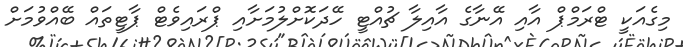
މިގެއަކީ ޓްރަމްޕް އާއި އޭނާގެ އާއިލާ ޗުއްޓީ ހޭދަކޮށްލުމަށާއި ޕްރައިވެޓް ޕާޓީތައް ބޭއްވުމަށް